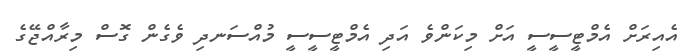
އެއިރަށް އެމްޓީސީސީ އަށް މިކަންވެ އަދި އެމްޓީސީސީ މުއްސަނދި ވެގެން ގޮސް މިރާއްޖޭގެ